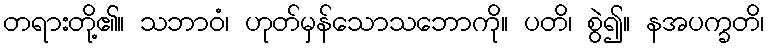
တရားတို့၏။ သဘာဝံ၊ ဟုတ်မှန်သောသဘောကို။ ပတိ၊ စွဲ၍။ နအပက္ခတိ၊